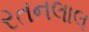
રતનલાલ